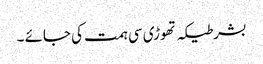
بشرطیکہ تھوڑی سی ہمت کی جائے ۔